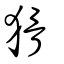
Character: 猾